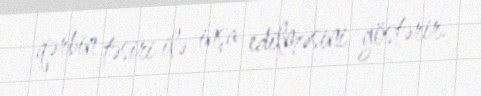
qərbin təsiri ilə inşa edilməsini göstərir.